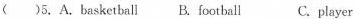
( )5. A.basketball B.football C.player